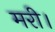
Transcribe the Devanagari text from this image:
मरी।